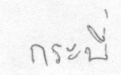
กระบี่